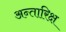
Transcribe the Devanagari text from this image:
अन्तारिक्ष